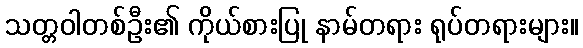
သတ္တဝါတစ်ဦး၏ ကိုယ်စားပြု နာမ်တရား ရုပ်တရားများ။